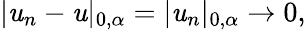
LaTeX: |\mathit{u}_{n}-\mathit{u}|_{0,\alpha}=|\mathit{u}_{n}|_{0,\alpha}\to0,